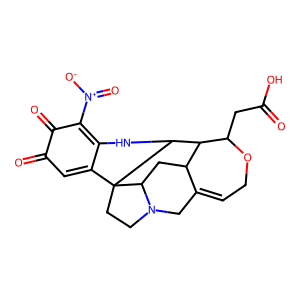
SMILES: O=C(O)CC1OCC=C2CN3CCC45C6=CC(=O)C(=O)C([N+](=O)[O-])=C6NC4C1C2CC35
Inhibits HIV replication: No